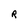
Character: R